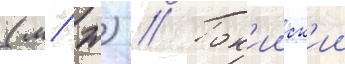
(м/ ж) // Ток'ииск'ии